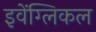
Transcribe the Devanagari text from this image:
इवेंग्लिकल